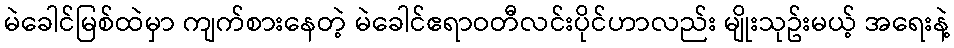
မဲခေါင်မြစ်ထဲမှာ ကျက်စားနေတဲ့ မဲခေါင်ဧရာဝတီလင်းပိုင်ဟာလည်း မျိုးသုဥ်းမယ့် အရေးနဲ့